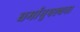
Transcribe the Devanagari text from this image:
धर्मानुपश्यना